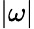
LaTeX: |\omega|